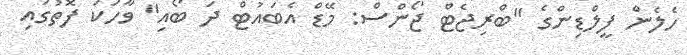
ހެލެން ފީލްޑިންގެ "ބްރިޖެޓް ޖޯންސް: މޭޑް އެބައުޓް ދަ ބޯއި" ވާހަކަ ފޮތުގައި